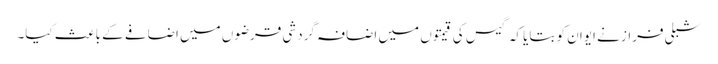
شبلی فراز نے ایوان کو بتایا کہ گیس کی قیمتوں میں اضافہ گردشی قرضوں میں اضافے کے باعث کیا۔